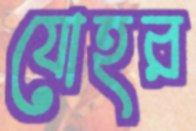
যোহর